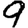
Digit: 9